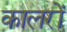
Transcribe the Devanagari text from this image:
कालरों